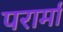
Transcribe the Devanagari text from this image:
परार्मा